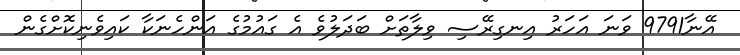
އޭނާ9791 ވަނަ އަހަރު އިނގިރޭސި ވިލާތަށް ބަދަލުވެ އެ ގައުމުގެ އަންހެނަކާ ކައިވެނިކޮށްގެން